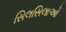
સિલસિલાઓ